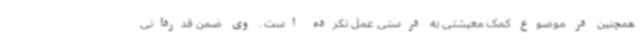
همچنین در موضوع کمک معیشتی به درستی عمل نکرده است . وی ضمن قدردانی